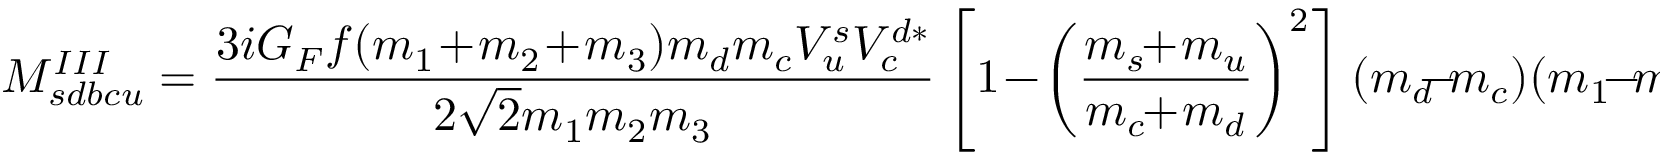
M _ { s d b c u } ^ { I I I } = \frac { 3 i G _ { F } f ( m _ { 1 } \! + \! m _ { 2 } \! + \! m _ { 3 } ) m _ { d } m _ { c } V _ { u } ^ { s } V _ { c } ^ { d * } } { 2 \sqrt { 2 } m _ { 1 } m _ { 2 } m _ { 3 } } \left[ 1 \! - \! \left( \frac { m _ { s } \! \! + \! m _ { u } } { m _ { c } \! \! + \! m _ { d } } \right) ^ { 2 } \right] ( m _ { d } \! \! - \! m _ { c } ) ( m _ { 1 } \! - \! m _ { 2 } \! - \! m _ { 3 } ) .